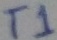
Text: T1